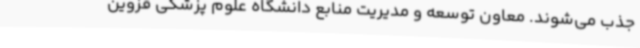
جذب می‌شوند. معاون توسعه و مدیریت منابع دانشگاه علوم پزشکی قزوین